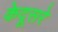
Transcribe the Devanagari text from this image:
केदूसरे